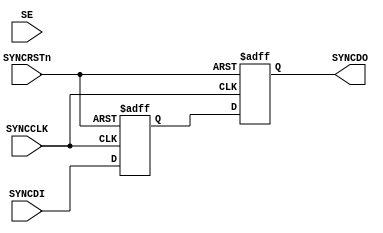
//-----------------------------------------------------------------------------
// The confidential and proprietary information contained in this file may
// only be used by a person authorised under and to the extent permitted
// by a subsisting licensing agreement from ARM Limited.
//
//            (C) COPYRIGHT 2008-2009 ARM Limited.
//                ALL RIGHTS RESERVED
//
// This entire notice must be reproduced on all copies of this file
// and copies of this file may only be made by a person if such person is
// permitted to do so under the terms of a subsisting license agreement
// from ARM Limited.
//
//      SVN Information
//
//      Checked In          : $Date: 2009-03-11 09:21:51 +0000 (Wed, 11 Mar 2009) $
//
//      Revision            : $Revision: 103550 $
//
//      Release Information : Cortex-M0-AT510-r0p0-00rel0
//-----------------------------------------------------------------------------

module cm0_dap_cdc_capt_sync
         #(parameter PRESENT = 1)
          (input  wire SYNCRSTn,   // Synchronising Reset
           input  wire SYNCCLK,    // Synchronising Clock
           input  wire SYNCDI,     // Synchronising Data In
           input  wire SE,         // Scan Enable for DFT
           output wire SYNCDO);    // Synchronising Data Out

  // --------------------------------------------------------------------------
  // NOTE: THIS MODULE IS NOT INTENDED FOR USE IN SYNTHESIS
  // IT IS STRONGLY RECOMMENDED THAT AN EQUIVALENT MODULE
  // DIRECTLY INSTANTIATING CELLS FROM YOUR LIBRARY THAT MEET
  // THE REQUIREMENTS DETAILED BELOW IS USED INSTEAD
  // --------------------------------------------------------------------------
  
  // --------------------------------------------------------------------------
  // This module is instantiated where a CDC-safe synchroniser is required,
  // i.e. where the input is from a different clock domain. The signal is
  // sampled using a series of two registers to minimise the chance of
  // metastability being introduced if the input changes around the time it
  // is sampled.
  //
  // The implementation of this module must ensure that this requirement is
  // met.
  // --------------------------------------------------------------------------

  // --------------------------------------------------------------------------
  // Signal Declarations
  // --------------------------------------------------------------------------

  reg           SyncQ;      // 1st synchroniser DFF
  reg           SyncQQ;     // 2nd synchroniser DFF
  wire          iSYNCDI;
  wire          iSYNCDO;
  
  //----------------------------------------------------------------------------
  // Sync removal
  //----------------------------------------------------------------------------
  assign SYNCDO  = (PRESENT != 0) ? iSYNCDO : 1'b0;
  assign iSYNCDI = (PRESENT != 0) ?  SYNCDI : 1'b0;
  //----------------------------------------------------------------------------
  // Beginning of main code
  //----------------------------------------------------------------------------

  // synchroniser
  always @ (posedge SYNCCLK or negedge SYNCRSTn)
    if (!SYNCRSTn)
      begin 
       SyncQQ <= 1'b0;
       SyncQ  <= 1'b0;
      end
    else
      begin
        SyncQQ <= SyncQ;
        SyncQ  <= iSYNCDI;
      end 

  assign iSYNCDO = SyncQQ;

`ifdef ARM_ASSERT_ON
  `include "std_ovl_defines.h"

  // Glitching Input - valid waveform, but undesirable in handshake design.
  assert_never #(`OVL_WARNING,`OVL_ASSERT,"Glitching Input - valid waveform, but undesirable in handshake design.")
    u_warning_sync_glitch
      (
       .clk       ( SYNCCLK),
       .reset_n   ( SYNCRSTn),
       .test_expr ( (SyncQ!=SYNCDI)&&(SyncQ!=SyncQQ)));

  // Input X not allowed - halt propogation at synchroniser level.
  assert_never_unknown #(`OVL_FATAL,1,`OVL_ASSERT,"Input X not allowed - halt propogation at synchroniser level.")
  u_sync_xprop
    (
     .clk       (SYNCCLK),
     .reset_n   (SYNCRSTn),
     .qualifier (1'b1),
     .test_expr (SYNCDI));

`endif //  `ifdef ARM_ASSERT_ON

  
endmodule